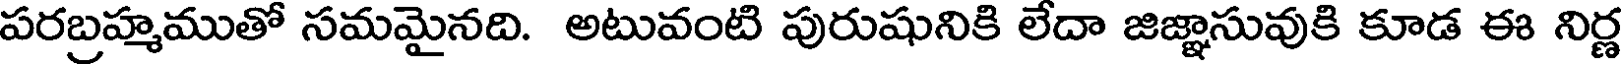
పరబ్రహ్మముతో సమమైనది. అటువంటి పురుషునికి లేదా జిజ్ఞాసువుకి కూడ ఈ నిర్ణ